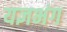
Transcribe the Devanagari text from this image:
यज्ञभंग